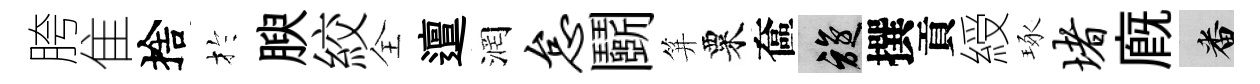
胯隹捨扵腴絞全邅润怠鬬笄粟奩旋撰貢綬琢堵廐番